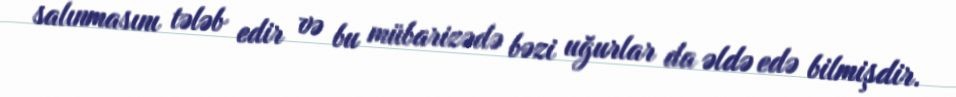
salınmasını tələb edir və bu mübarizədə bəzi uğurlar da əldə edə bilmişdir.